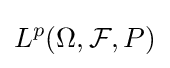
L^{p}(\Omega ,{\mathcal {F}},P)